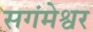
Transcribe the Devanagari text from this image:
सगंमेश्वर